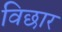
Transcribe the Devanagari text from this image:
विछार